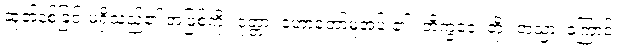
ဆုတ်နစ်ခြင်းမရှိသည်၏ အဖြစ်ကို။ ဝုတ္တာ၊ ဟောတော်မူအပ် ၏။ ဘိက္ခဝေ၊ တို့။ တသ္မာ၊ ကြောင့်။